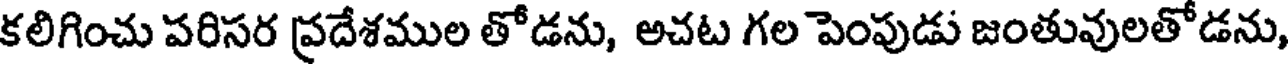
కలిగించు పరిసర ప్రదేశముల తోడను, అచట గల పెంపుడు జంతువులతోడను,